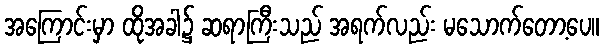
အကြောင်းမှာ ထိုအခါ၌ ဆရာကြီးသည် အရက်လည်း မသောက်တော့ပေ။